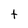
Character: t